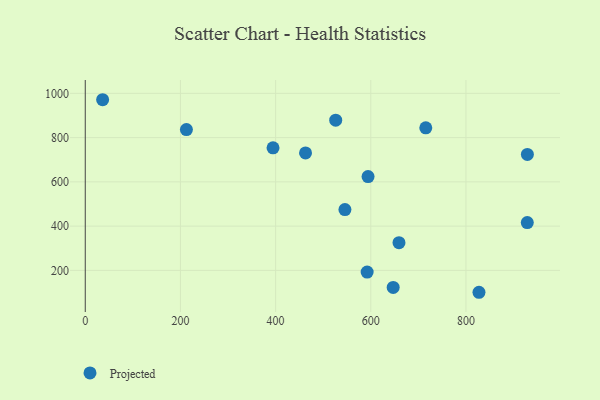
{"axis": {"x": "Experience", "y": "Fuel Efficiency"}, "legend": ["Projected"], "data": [{"x": "594.3", "y": 624.0, "type": "Projected"}, {"x": "526.3", "y": 878.9, "type": "Projected"}, {"x": "929.1", "y": 724.1, "type": "Projected"}, {"x": "36.5", "y": 971.2, "type": "Projected"}, {"x": "659.3", "y": 325.2, "type": "Projected"}, {"x": "212.6", "y": 836.1, "type": "Projected"}, {"x": "827.4", "y": 101.1, "type": "Projected"}, {"x": "715.6", "y": 844.3, "type": "Projected"}, {"x": "545.7", "y": 474.7, "type": "Projected"}, {"x": "394.6", "y": 753.9, "type": "Projected"}, {"x": "647.1", "y": 123.2, "type": "Projected"}, {"x": "928.9", "y": 416.1, "type": "Projected"}, {"x": "592.4", "y": 192.6, "type": "Projected"}, {"x": "462.9", "y": 730.9, "type": "Projected"}]}